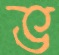
ভ